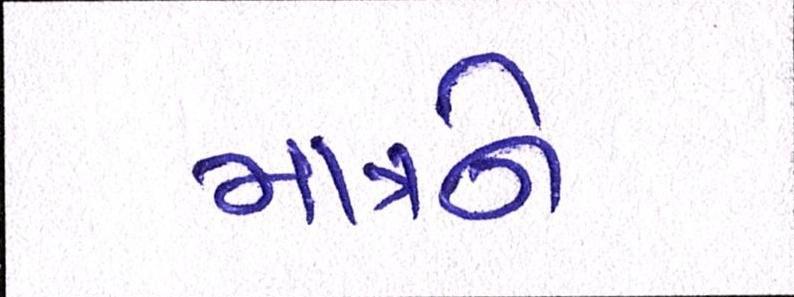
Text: માત્રને